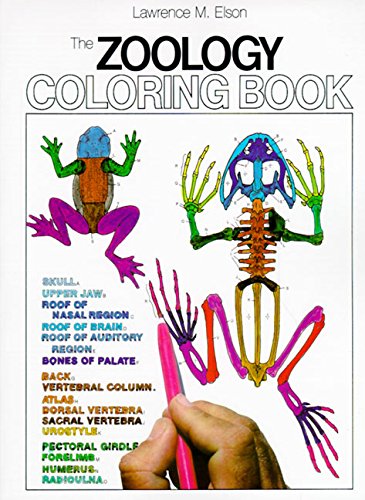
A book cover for The Zoology Coloring Book; Lawrence M. Elson; Medical Books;